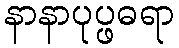
နာနာပုပ္ဖဓရာ